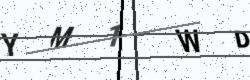
Text: YM1WD